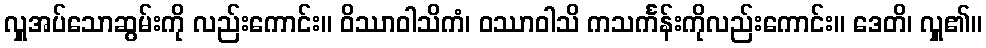
လှူအပ်သောဆွမ်းကို လည်းကောင်း။ ဝိဿာဝါသိကံ၊ ဝဿာဝါသိ ကသင်္ကန်းကိုလည်းကောင်း။ ဒေတိ၊ လှူ၏။